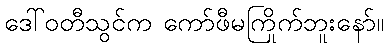
ဒေါ်ဝတီသွင်က ကော်ဖီမကြိုက်ဘူးနော်။